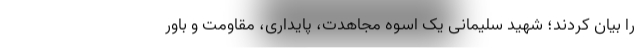
را بیان کردند؛ شهید سلیمانی یک اسوه مجاهدت، پایداری، مقاومت و باور